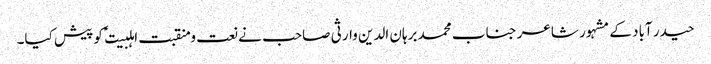
حیدر آباد کے مشہور شاعر جناب محمد برہان الدین وارثی صاحب نے نعت و منقبت اہلبیت ؑ کو پیش کیا۔